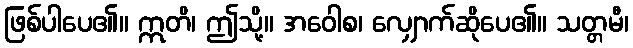
ဖြစ်ပါပေ၏။ ဣတိ၊ ဤသို့။ အဝေါစ၊ လျှောက်ဆိုပေ၏။ သတ္တမီ၊